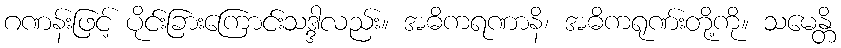
ဂဏန်းဖြင့် ပိုင်းခြားကြောင်းသဒ္ဒါလည်း။ အဓိကရဏာနိ၊ အဓိကရုဏ်းတို့ကို။ သမေန္တိ